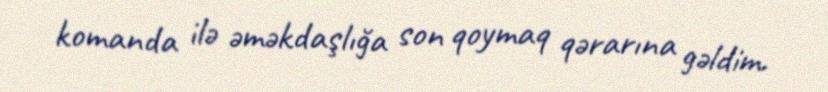
komanda ilə əməkdaşlığa son qoymaq qərarına gəldim.